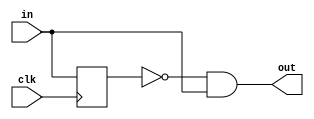
module rising_edge_detector ( 
  input clk,
  input in,
  output out
);
  reg in_q;

  always @(posedge clk) begin
    in_q <= in;
  end

  assign out = !in_q && in;
endmodule

module falling_edge_detector ( 
  input clk,
  input in,
  output out
);
  reg in_q;

  always @(posedge clk) begin
    in_q <= in;
  end

  assign out = in_q && !in;
endmodule